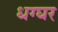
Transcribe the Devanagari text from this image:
धग्घर